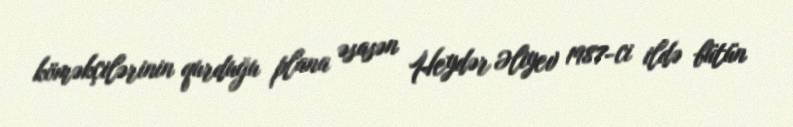
köməkçilərinin qurduğu plana əsasən Heydər Əliyev 1987-ci ildə bütün